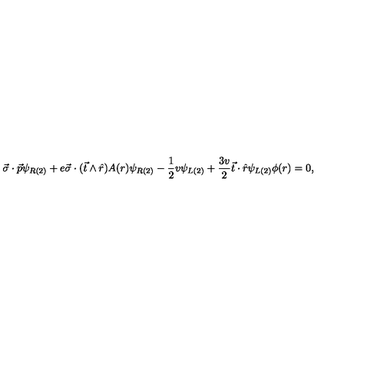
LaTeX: \vec { \sigma } \cdot \vec { p } \psi _ { R ( 2 ) } + e \vec { \sigma } \cdot ( \vec { t } \wedge \hat { r } ) A ( r ) \psi _ { R ( 2 ) } - \frac { 1 } { 2 } v \psi _ { L ( 2 ) } + \frac { 3 v } { 2 } \vec { t } \cdot \hat { r } \psi _ { L ( 2 ) } \phi ( r ) = 0 ,